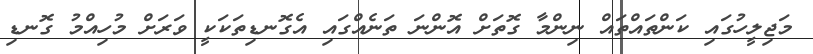
މަޖިލީހުގައި ކަންތައްތައް ނިންމާ ގޮތަށް އޮންނަ ތަނެއްގައި އެގޮނޑިތަކަކީ ވަރަށް މުހިއްމު ގޮނޑި